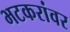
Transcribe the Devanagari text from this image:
भटकरांवर